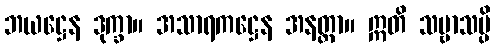
ဘယဋ္ဌေန ဒုက္ခာ။ အသာရကဋ္ဌေန အနတ္တာ။ ဣတိ သဗ္ဗာသမ္ပိ